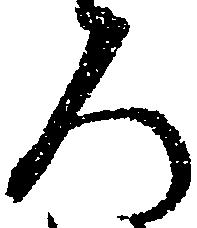
ろ